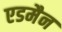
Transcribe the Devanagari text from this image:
एडमैन